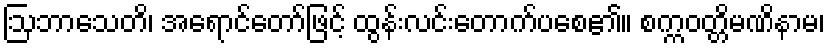
ဩဘာသေတိ၊ အရောင်တော်ဖြင့် ထွန်းလင်းတောက်ပစေ၏။ စက္ကဝတ္တိမဏိနာမ၊